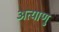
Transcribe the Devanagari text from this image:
अत्याणु